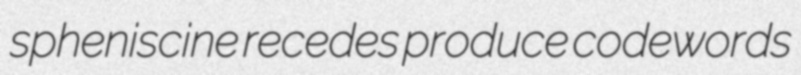
spheniscine recedes produce codewords